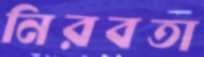
নিরবতা